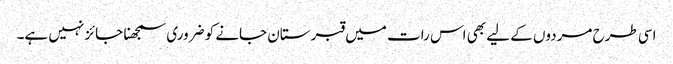
اسی طرح مردوں کے لیے بھی اس رات میں قبرستان جانے کو ضروری سمجھنا جائز نہیں ہے۔